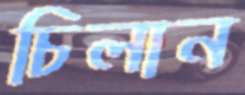
চিলান